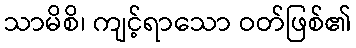
သာမိစိ၊ ကျင့်ရာသော ဝတ်ဖြစ်၏